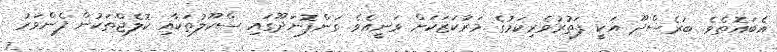
އެބައޮތެވެ. ބަރެސްދޫ އަކީ ފަތުރުވެރިކަމުގެ މަރުކަޒަކަށް ވަނީއެވެ. ގަންފޮނަދޫގައި ސްކޫލުތަކާއި ކޮލެޖްތަކުން ފެންވަރު